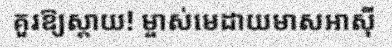
គួរឱ្យស្តាយ! ម្ចាស់មេដាយមាសអាស៊ី